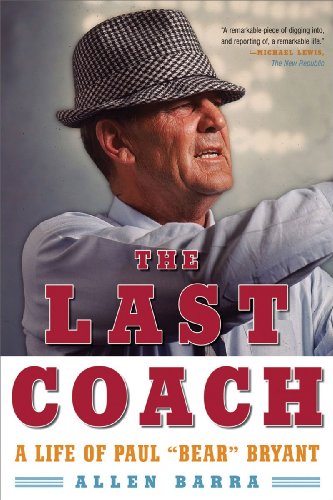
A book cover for The Last Coach: A Life of Paul "Bear" Bryant; Allen Barra; Biographies & Memoirs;